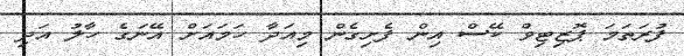
ފުރަތަމަ ޕޮޒިޓިވް ކޭސް އިން ފެށިގެން މިއަދާ ހަމައަށް އޭނަގެ ހާލު އަދި